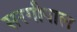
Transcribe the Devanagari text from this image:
सरगीपाल